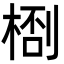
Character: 𬃙